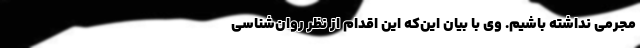
مجرمی نداشته باشیم. وی با بیان این‌که این اقدام از نظر روان‌شناسی